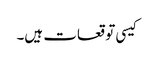
کیسی توقعات ہیں۔